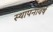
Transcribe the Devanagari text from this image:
स्थापनावर्ष